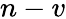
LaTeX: n-v